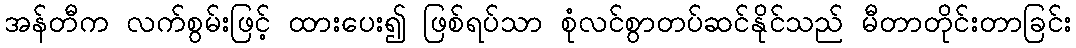
အန်တီက လက်စွမ်းဖြင့် ထားပေး၍ ဖြစ်ရပ်သာ စုံလင်စွာတပ်ဆင်နိုင်သည် မီတာတိုင်းတာခြင်း